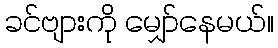
ခင်ဗျားကို မျှော်နေမယ်။